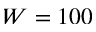
W = 1 0 0